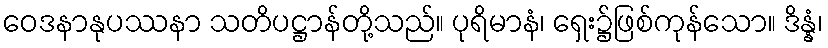
ဝေဒနာနုပဿနာ သတိပဋ္ဌာန်တို့သည်။ ပုရိမာနံ၊ ရှေး၌ဖြစ်ကုန်သော။ ဒိန္နံ၊